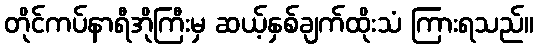
တိုင်ကပ်နာရီအိုကြီးမှ ဆယ့်နှစ်ချက်ထိုးသံ ကြားရသည်။